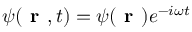
\psi ( \textbf { r } , t ) = \psi ( \textbf { r } ) e ^ { - i { \omega } t }